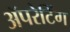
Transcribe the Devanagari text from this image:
ॲपरेटिंग